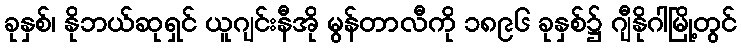
ခုနှစ်၊ နိုဘယ်ဆုရှင် ယူဂျင်းနီအို မွန်တာလီကို ၁၈၉၆ ခုနှစ်၌ ဂျီနိုဂါမြို့တွင်